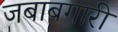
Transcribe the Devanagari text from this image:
जबाबगारी